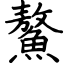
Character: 鰲